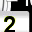
Digit: 2